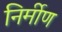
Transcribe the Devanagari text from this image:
निर्मीण